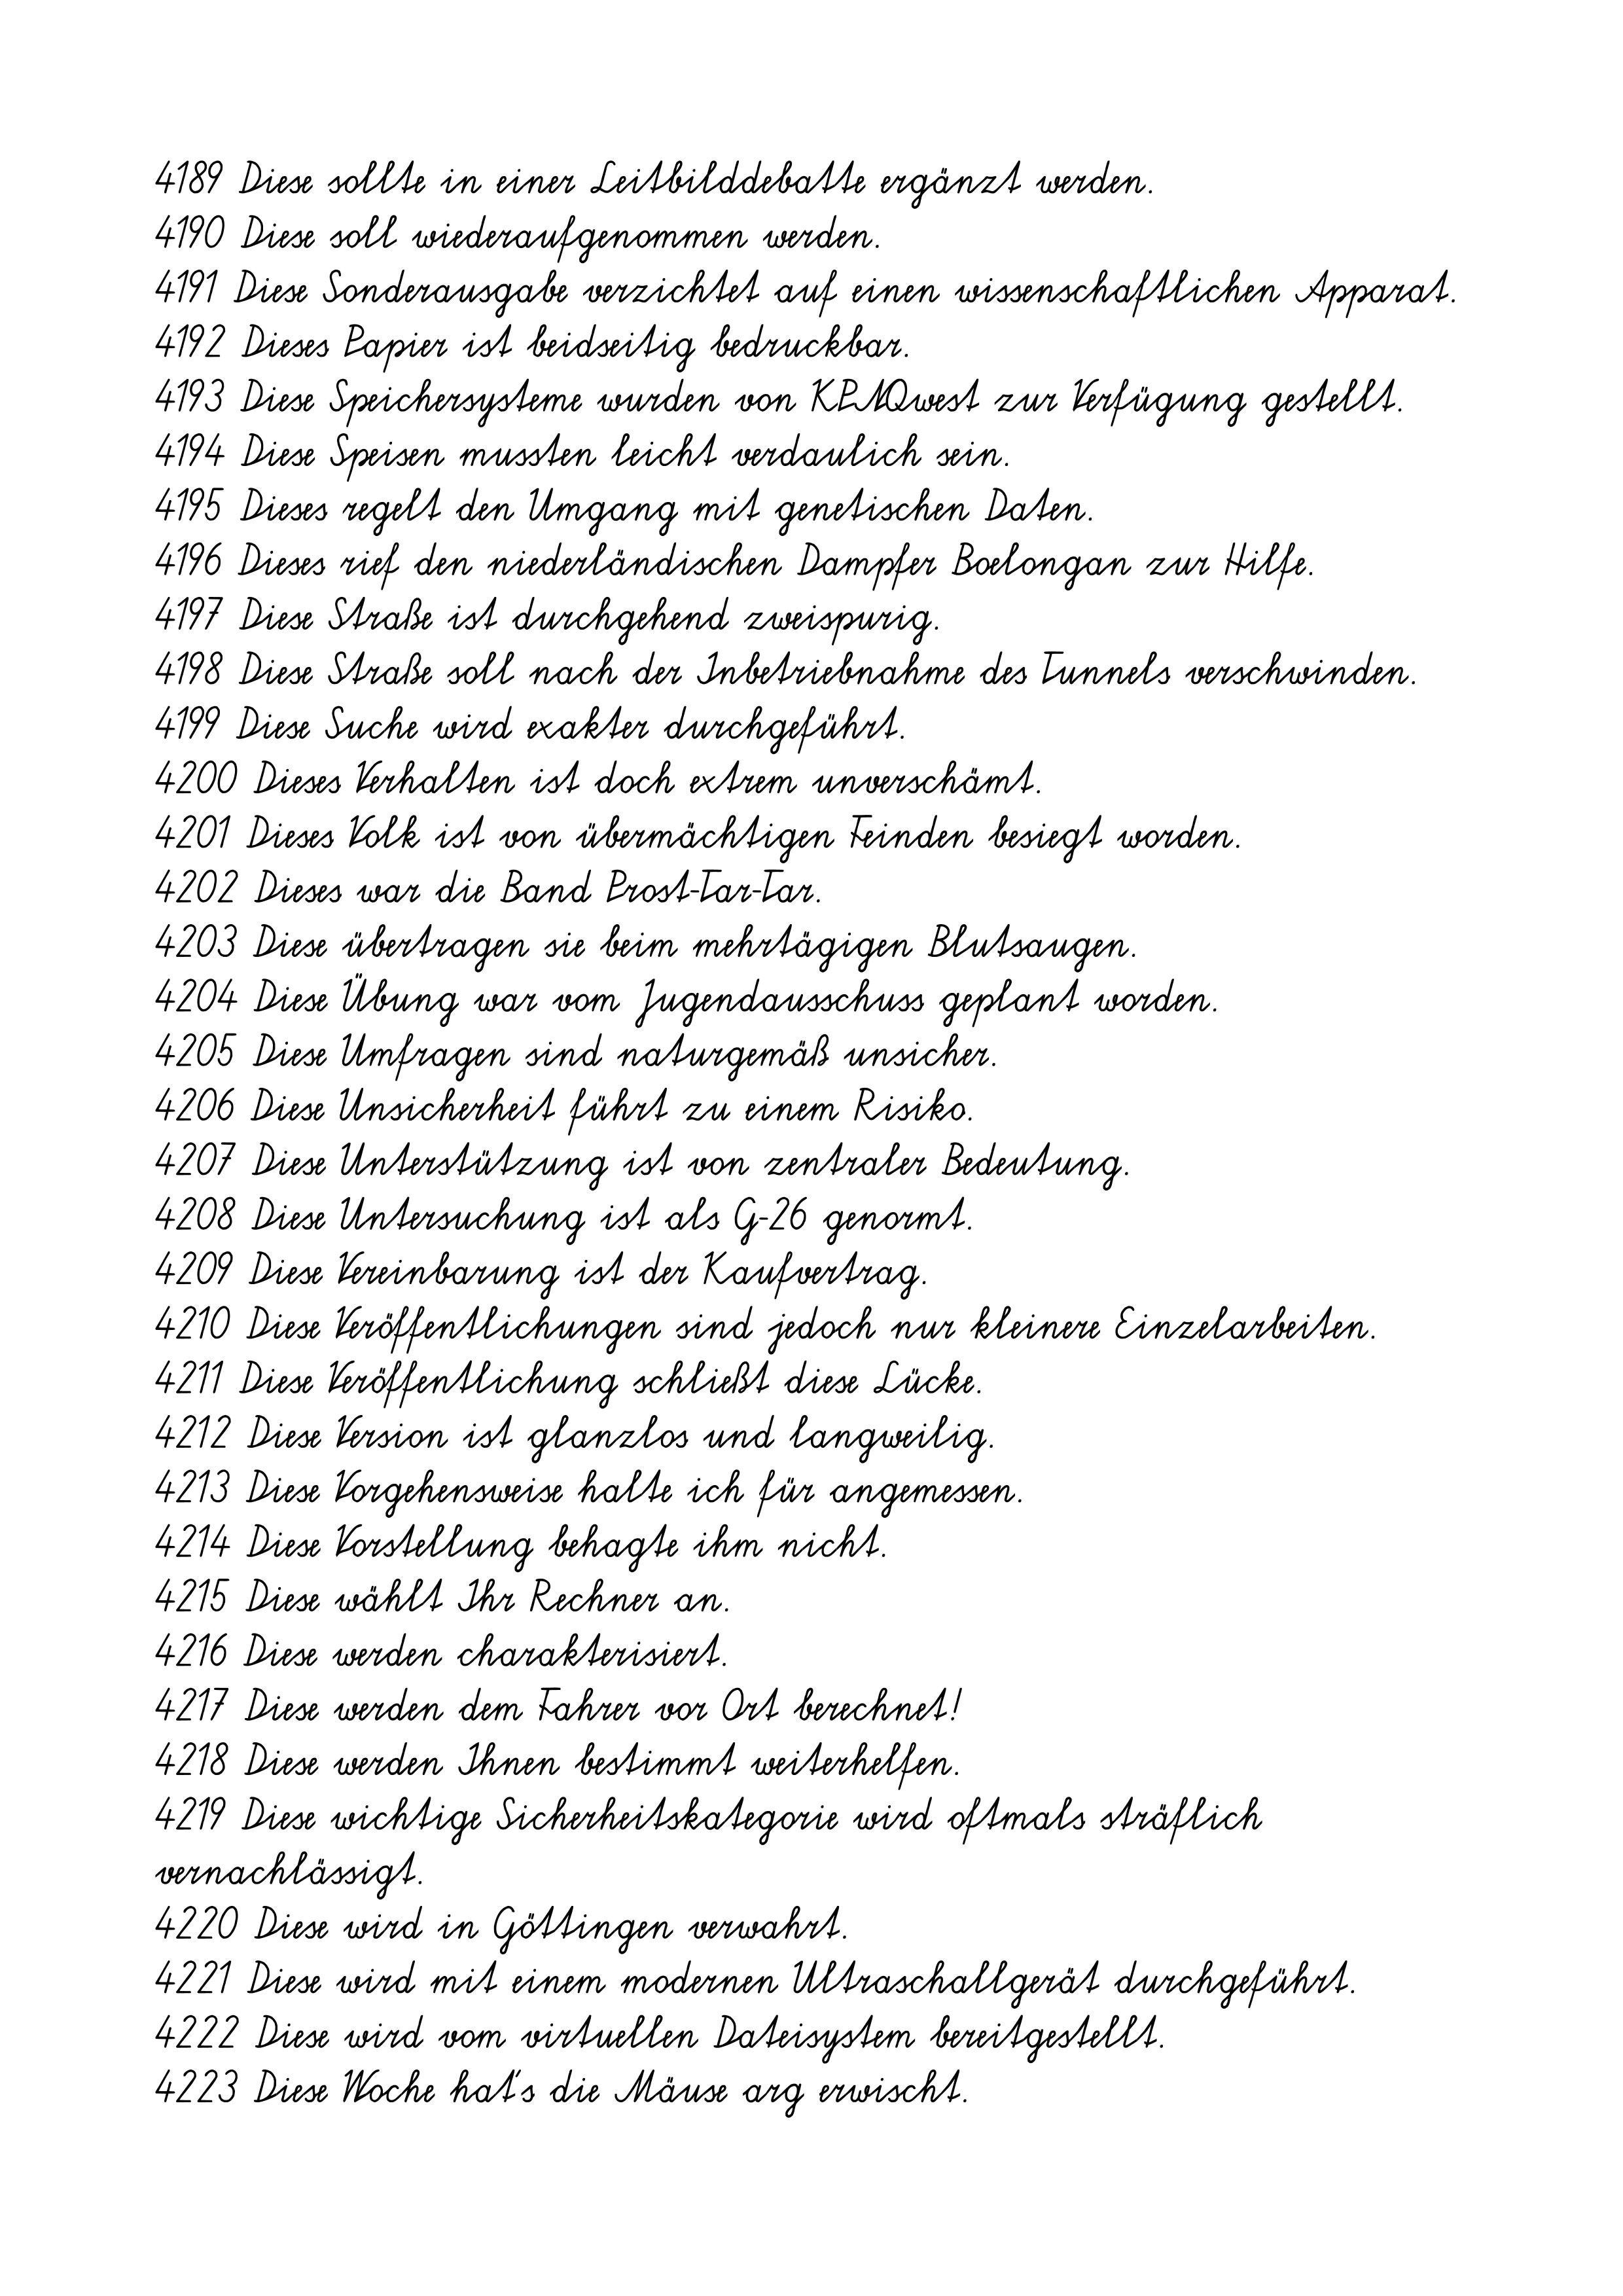
4189 Diese sollte in einer Leitbilddebatte ergänzt werden.
4190 Diese soll wiederaufgenommen werden.
4191 Diese Sonderausgabe verzichtet auf einen wissenschaftlichen Apparat.
4192 Dieses Papier ist beidseitig bedruckbar.
4193 Diese Speichersysteme wurden von KPNQwest zur Verfügung gestellt.
4194 Diese Speisen mussten leicht verdaulich sein.
4195 Dieses regelt den Umgang mit genetischen Daten.
4196 Dieses rief den niederländischen Dampfer Boelongan zur Hilfe.
4197 Diese Straße ist durchgehend zweispurig.
4198 Diese Straße soll nach der Inbetriebnahme des Tunnels verschwinden.
4199 Diese Suche wird exakter durchgeführt.
4200 Dieses Verhalten ist doch extrem unverschämt.
4201 Dieses Volk ist von übermächtigen Feinden besiegt worden.
4202 Dieses war die Band Prost-Tar-Tar.
4203 Diese übertragen sie beim mehrtägigen Blutsaugen.
4204 Diese Übung war vom Jugendausschuss geplant worden.
4205 Diese Umfragen sind naturgemäß unsicher.
4206 Diese Unsicherheit führt zu einem Risiko.
4207 Diese Unterstützung ist von zentraler Bedeutung.
4208 Diese Untersuchung ist als G-26 genormt.
4209 Diese Vereinbarung ist der Kaufvertrag.
4210 Diese Veröffentlichungen sind jedoch nur kleinere Einzelarbeiten.
4211 Diese Veröffentlichung schließt diese Lücke.
4212 Diese Version ist glanzlos und langweilig.
4213 Diese Vorgehensweise halte ich für angemessen.
4214 Diese Vorstellung behagte ihm nicht.
4215 Diese wählt Ihr Rechner an.
4216 Diese werden charakterisiert.
4217 Diese werden dem Fahrer vor Ort berechnet!
4218 Diese werden Ihnen bestimmt weiterhelfen.
4219 Diese wichtige Sicherheitskategorie wird oftmals sträflich
vernachlässigt.
4220 Diese wird in Göttingen verwahrt.
4221 Diese wird mit einem modernen Ultraschallgerät durchgeführt.
4222 Diese wird vom virtuellen Dateisystem bereitgestellt.
4223 Diese Woche hat's die Mäuse arg erwischt.